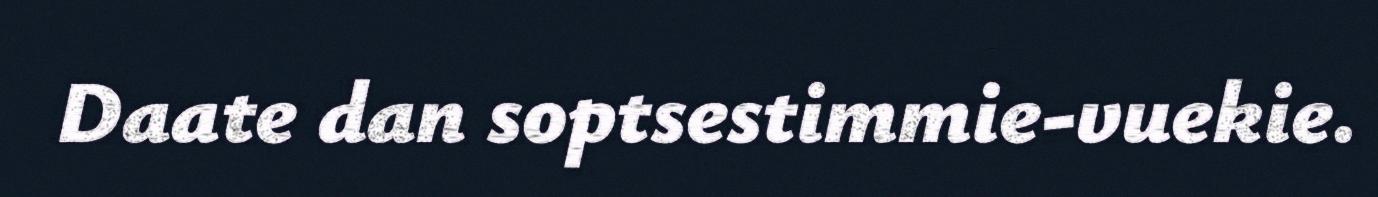
Daate dan soptsestimmie-vuekie.